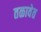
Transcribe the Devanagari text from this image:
तळावेत